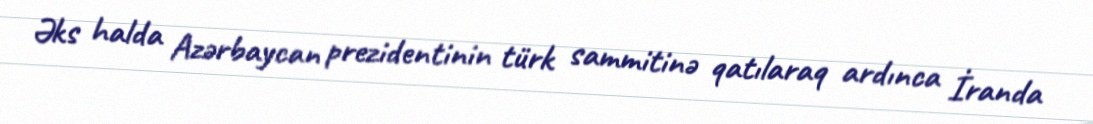
Əks halda Azərbaycan prezidentinin türk sammitinə qatılaraq ardınca İranda